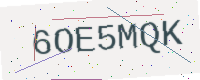
Text: 6OE5MQK